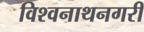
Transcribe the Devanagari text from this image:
विश्वनाथनगरी